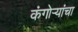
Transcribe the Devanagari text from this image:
कंगोर्‍यांचा